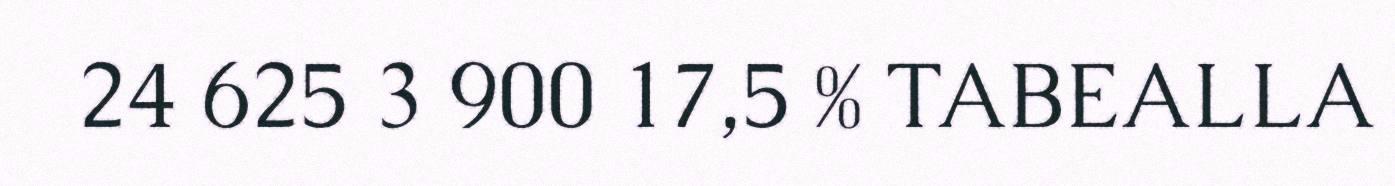
24 625 3 900 17,5 % TABEALLA